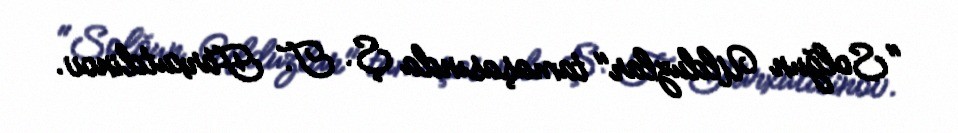
"Solğun Ulduzlar" tamaşasında Ş. T. Farxutdinov.